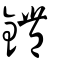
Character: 𨰘